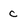
Character: c